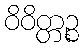
ဝိဝိတ္တဉ္စ